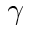
\gamma